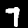
Label: 7